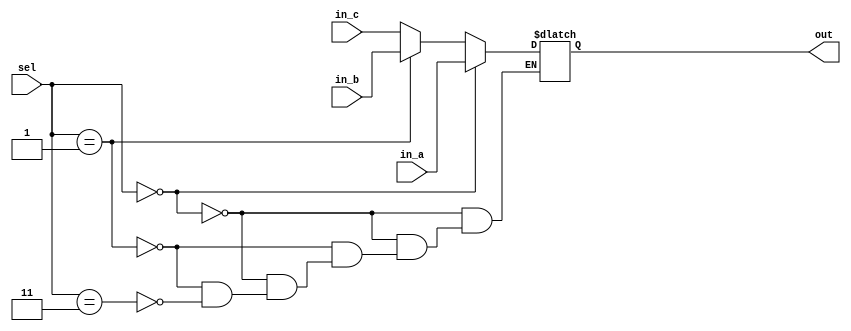
// ECE:3350 SISC processor project
// 16-bit mux

`timescale 1ns/100ps

module mux5 (in_a, in_b,in_c, sel, out);

  /*
   *  4-BIT MULTIPLEXER - mux5.v
   *
   *  Inputs:
   *   - in_a (4 bits): First input to the multiplexer. Chosen when sel = 00.
   *   - in_b (4 bits): Second input to the multiplexer. Chosen when sel = 01.
   *	-in_c (4 bits): Third input to the multiplexer. Chosen when sel = 11;.
   *   - sel: Controls which input is seen at the output. Output goes to the RF module
   *
   *  Outputs:
   *   - out (4 bits): Output from the multiplexer.
   *
   */

  input  [3:0] in_a;
  input  [3:0] in_b;
  input [3:0] in_c;
  input    [1:0]  sel;
  output [3:0] out;

  reg   [3:0] out;
   
  always @ (in_a, in_b, in_c, sel)
  begin
    if (sel == 2'b00)
      out = in_a;
    else if(sel == 2'b01)
      out = in_b;
    else if( sel == 2'b11)
      out = in_c;
  end

endmodule